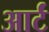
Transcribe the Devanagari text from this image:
आर्टं